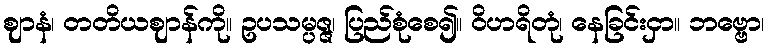
ဈာနံ၊ တတိယဈာန်ကို။ ဥပသမ္ပဇ္ဇ၊ ပြည်စုံစေ၍။ ဝိဟရိတုံ၊ နေခြင်းငှာ။ ဘဗ္ဗော၊